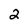
Character: 2